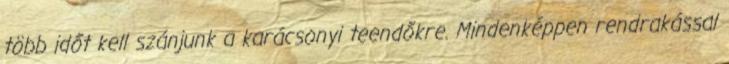
több időt kell szánjunk a karácsonyi teendőkre. Mindenképpen rendrakással